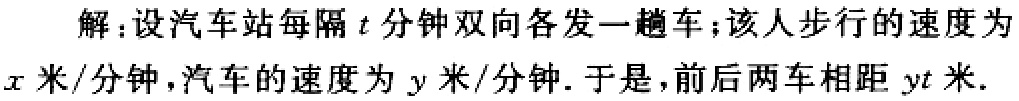
解：设汽车站每隔\(t\)分钟双向各发一趟车；该人步行的速度为\(x\)米/分钟，汽车的速度为\(y\)米/分钟. 于是，前后两车相距\(yt\)米.